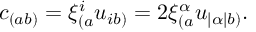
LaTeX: c _ { ( a b ) } = \xi _ { ( a } ^ { i } u _ { i b ) } = 2 \xi _ { ( a } ^ { \alpha } u _ { | \alpha | b ) } .